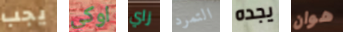
يجب اوكي زاي التمرد يجده هوان